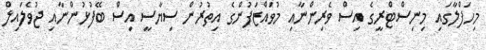
މިހަފްލާގައި މިނިސްޓްރީގެ އިސް ވެރިންނާއި މުވައްޒަފުންގެ އިތުރުން ސިޔާސީ އިސް ބޭފުޅުންނާއި ޖުވެލައިލް